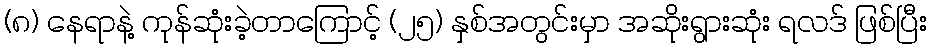
(၈) နေရာနဲ့ ကုန်ဆုံးခဲ့တာကြောင့် (၂၅) နှစ်အတွင်းမှာ အဆိုးရွားဆုံး ရလဒ် ဖြစ်ပြီး